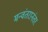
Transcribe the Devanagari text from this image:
मन्वंतरानंतर